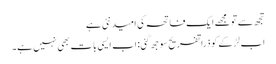
تجھ سے تو مجھے ایک فاتحہ کی امید نئی ہے
اب لڑکے کو ذرا تفریح سوجھ گئی: اب ایسی بات بھی نہیں ہے۔